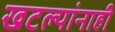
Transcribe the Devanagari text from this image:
खटल्यांनाही